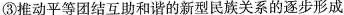
③推动平等团结互助和谐的新型民族关系的逐步形成